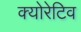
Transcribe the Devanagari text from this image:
क्योरेटिव